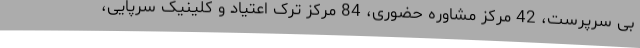
بی سرپرست، 42 مرکز مشاوره حضوری، 84 مرکز ترک اعتیاد و کلینیک سرپایی،